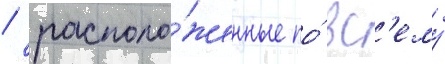
/ располо́женные по́ вс'ему́